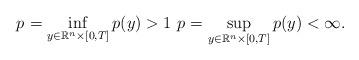
LaTeX: \begin{align*}p_{}=\inf_{y \in\mathbb R^n\times [0,T]}p(y)>1~ p_{}=\sup_{y \in\mathbb R^n\times [0,T]}p(y)<\infty.\end{align*}